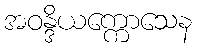
အဝန္ဒိယက္ကောသေန